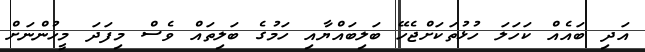
އަދި ބައެއް ކަހަލަ ހުޅުތަކަށްޖެހޭ ބަލިބައްޔާއި ހަމުގެ ބަލިތައް ވެސް މިފަދަ މީހުންނަށް